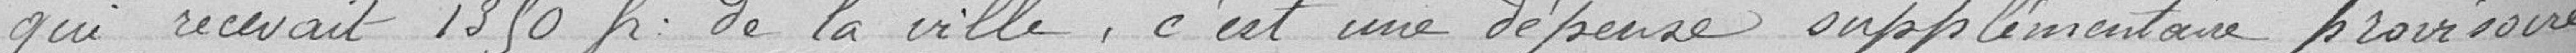
qui recevait 1350 frs de la ville, c'est une dépense supplémentaire provisoire